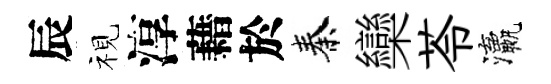
辰视淳藉於秦欒苓瀛